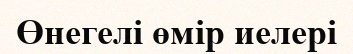
Өнегелі өмір иелері